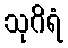
သုဂိရံ